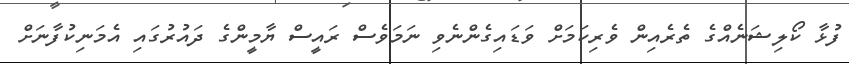
ފުޅާ ކޯލިޝަނެއްގެ ތެރެއިން ވެރިކަމަށް ވަޑައިގެންނެވި ނަމަވެސް ރައީސް ޔާމީންގެ ދައުރުގައި އެމަނިކުފާނަށް